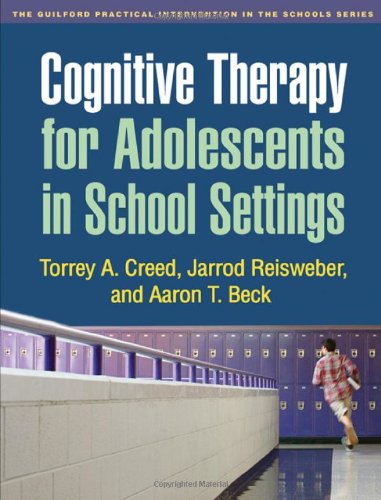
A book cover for Cognitive Therapy for Adolescents in School Settings (Guilford Practical Intervention in the Schools); Torrey A. Creed; Medical Books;